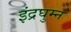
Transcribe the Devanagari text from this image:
इंद्रघुम्न